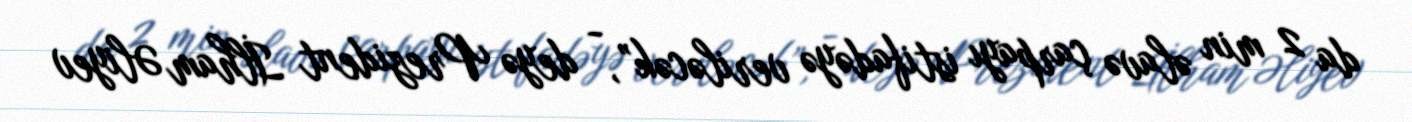
da 2 min əlavə çarpayı istifadəyə veriləcək”, - deyə Prezident İlham Əliyev